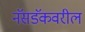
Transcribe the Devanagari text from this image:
नॅसडॅकवरील